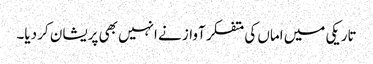
تاریکی میں اماں کی متفکر آواز نے انہیں بھی پریشان کر دیا۔